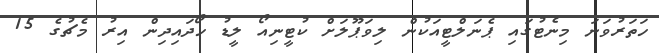
ހަތަރުވަނަ މިނެޓުގައި ޕެނަލްޓީއަކުން ލިވަޕޫލަށް ކުޓީނިއޯ ލީޑު ހޯދައިދިން އިރު މެޗުގެ 15